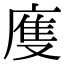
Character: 𢊄